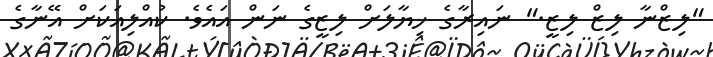
"ލިޒްނާ ލިޒް ލިޒީ." ނައިރާގެ ޚިޔާލަށް ލިޒީގެ ނަން އައެވެ. ކުއްލިއަކަށް އޭނާގެ